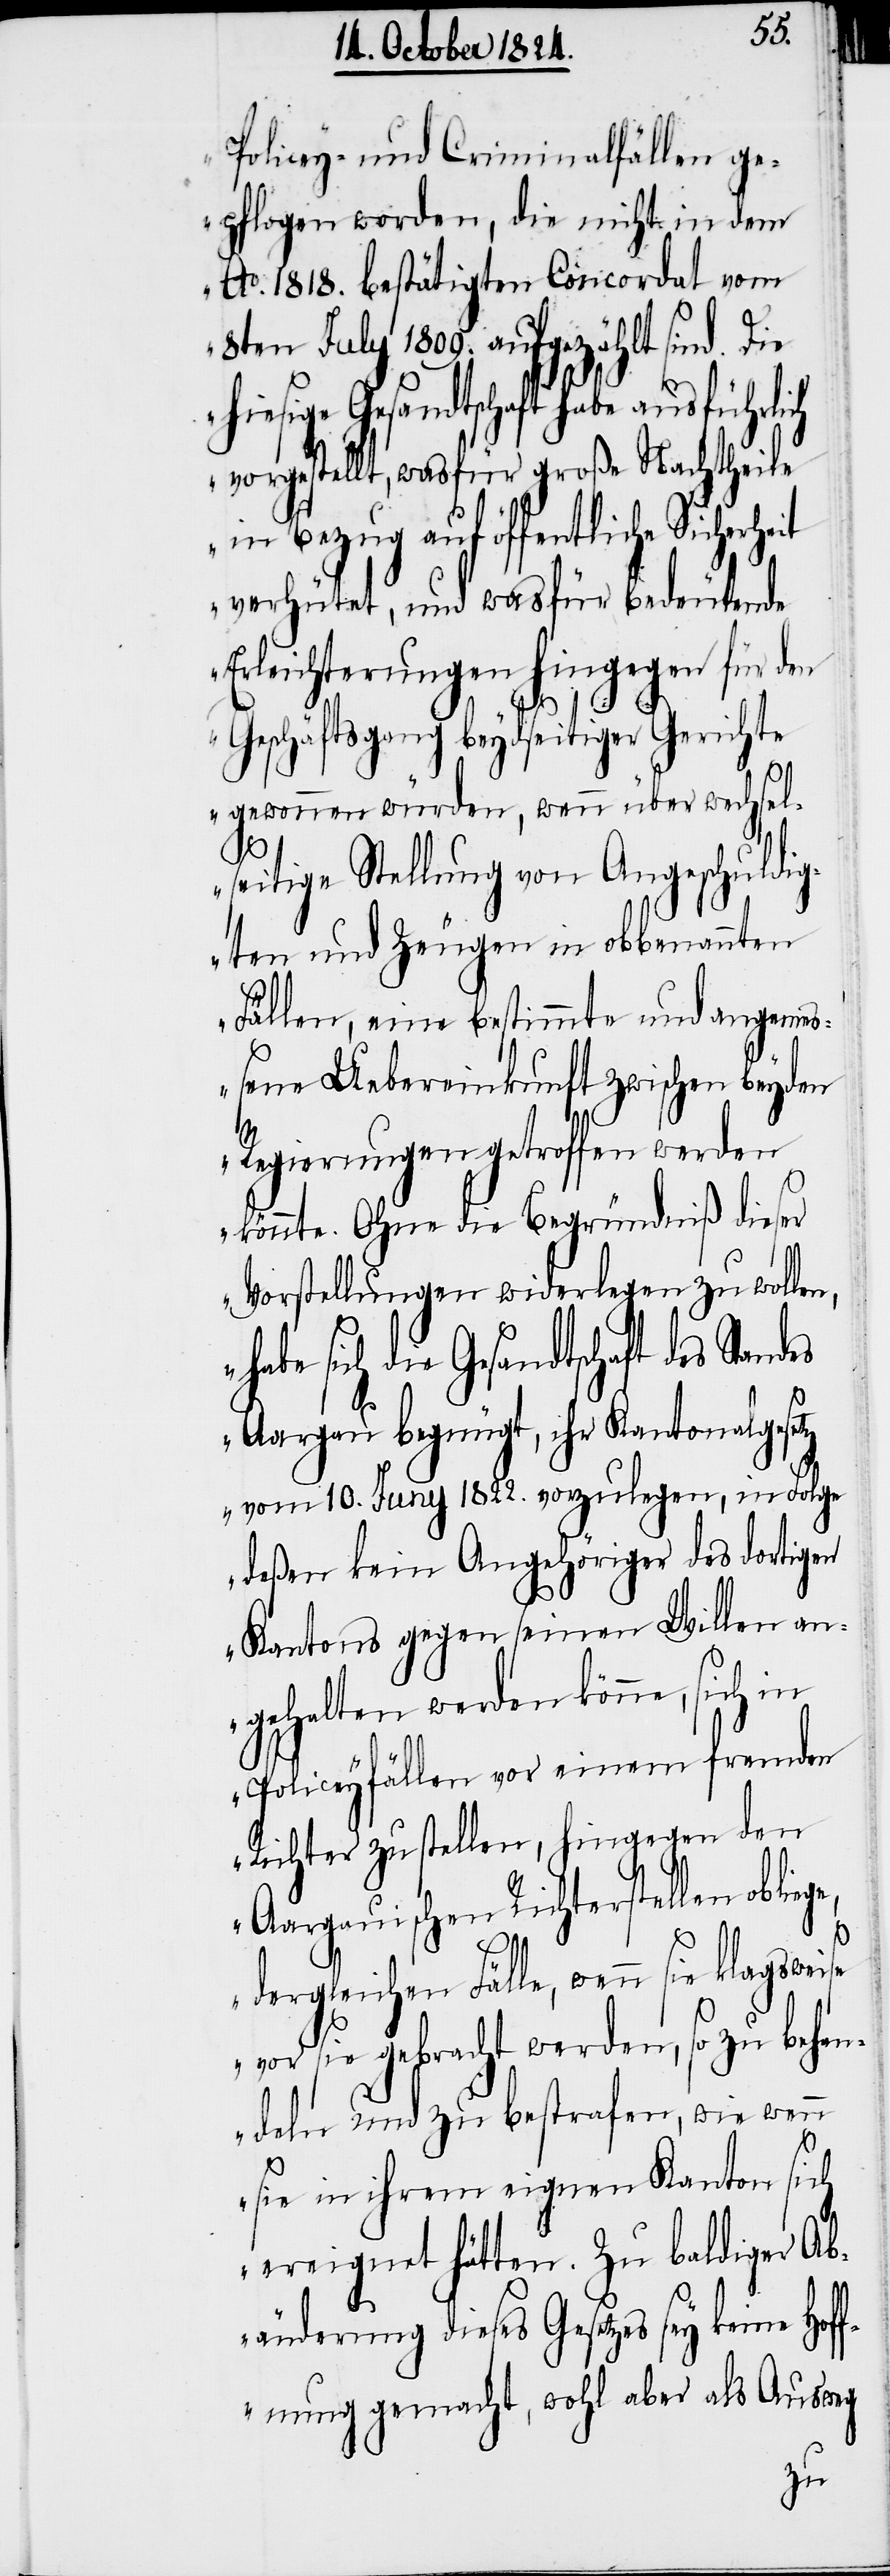
Policey- und Criminalfällen ge¬
pflogen worden, die nicht in dem
Ao. 1818. bestätigten Concordat vom
8ten July 1809. aufgezählt sind. Die
die Gesandtschaft des Standes
vorgestellt, wasfür große Nachtheile
verhütet, und wasfür bedeutende
Erleichterungen hingegen für den
Geschäftsgang beydseitiger Gerichte
gewonnen würden, wenn über wechsel¬
seitige Stellung von Angeschuldig¬
ten und Zeugen in obbenannten
Fällen, eine bestimmte und angeme¬
ßene Uebereinkunft zwischen beyden
Regierungen getroffen werden
könnte. Ohne die Begründniß dieser
Vorstellungen widerlegen zu wolle¬
Aargau begnügt, ihr Kantonalgesetz
vom 10. Juny 1822. vorzulegen, in Folge
deßen kein Angehöriger des dortigen
Kantons gegen seinen Willen a¬
ngehalten werden könne, sich
Policeyfällen vor einem fremden
den
Richter zu stellen, hing¬
Aargauischen Richterstellen
n,
egen
dergleichen Fälle, wenn sie klagsweise
vor sie gebracht werden, so zu behan¬
deln und zu bestrafen, wie wenn
sie in ihrem eignen Kanton sich
ereignet hätten. Zu baldiger Ab¬
änderung dieses Gesetzes sey keine Hof¬
fnung gemacht, wohl aber als Ausweg